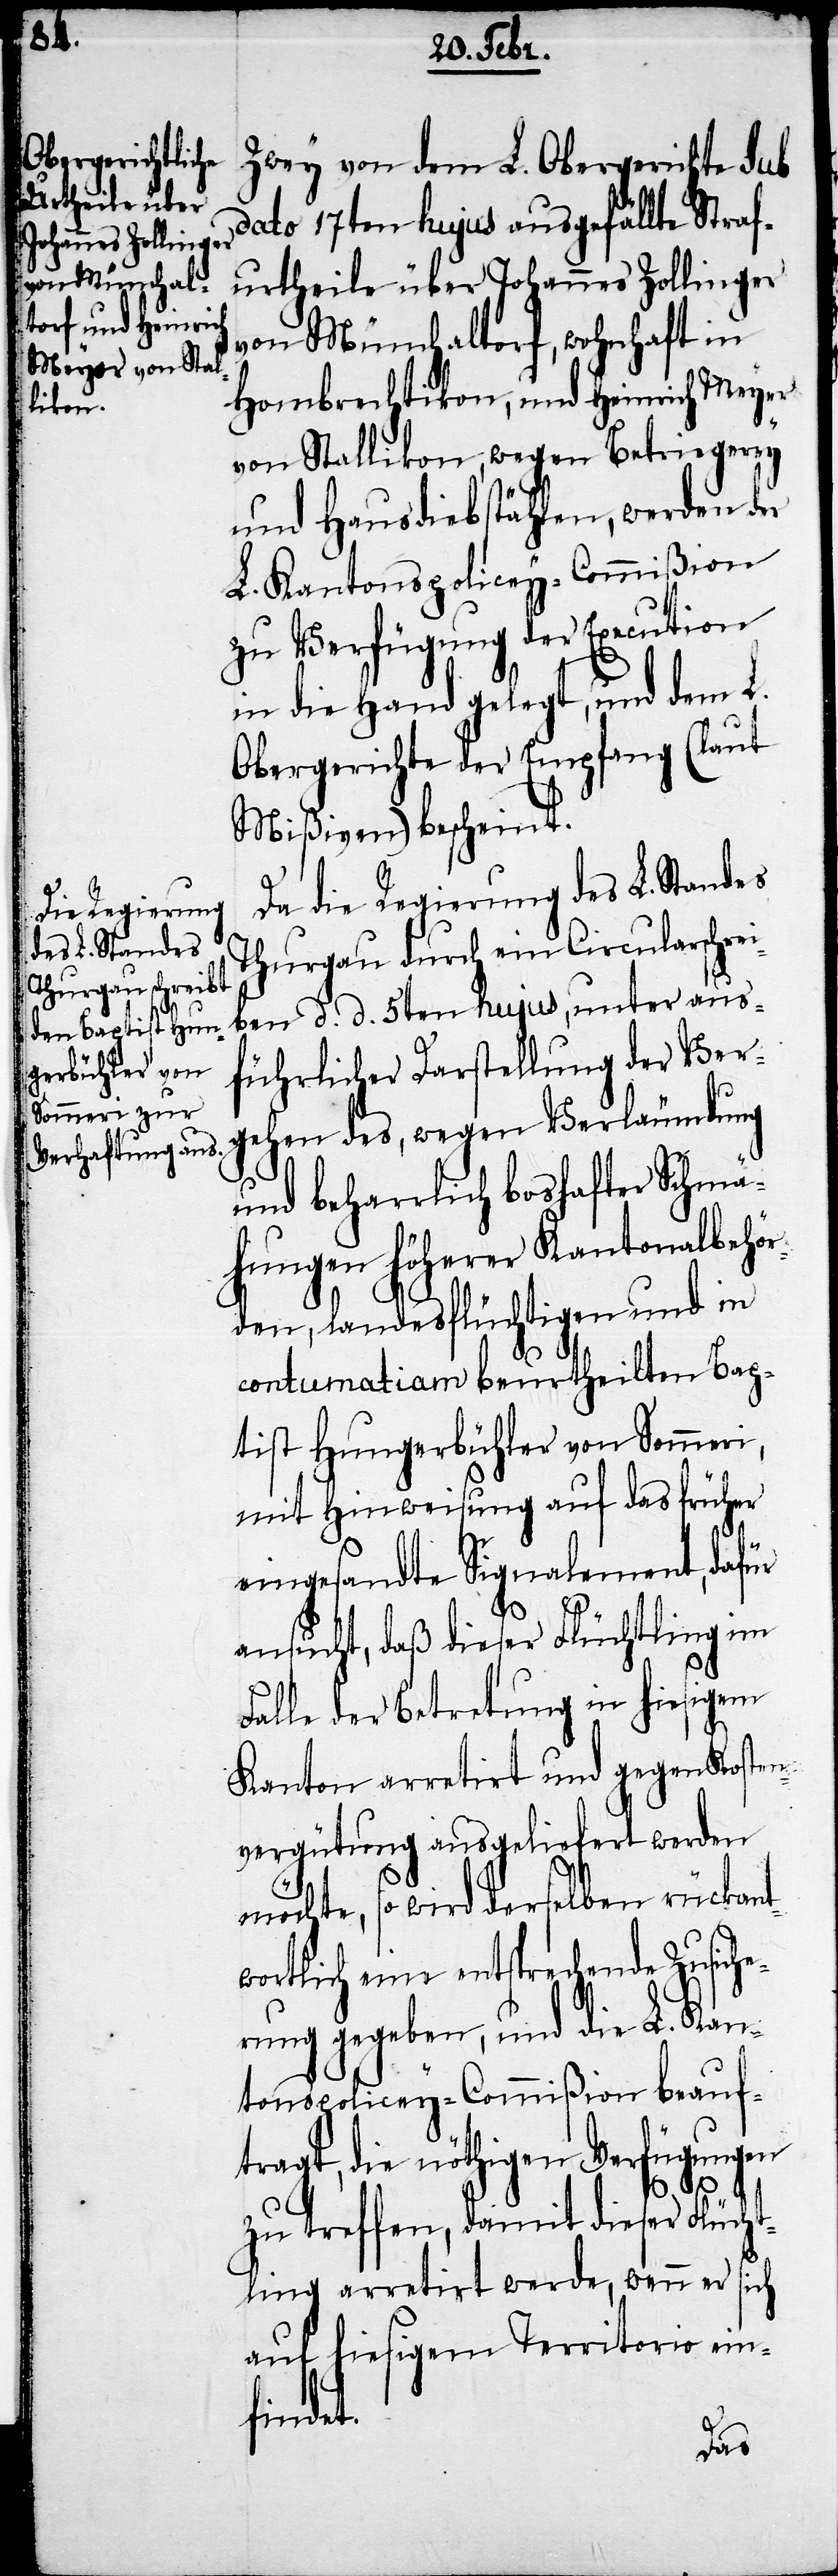
Zwey von dem L. Obergerichte sub
dato 17ten hujus ausgefällte Straf¬
urtheile über Johannes Zollinger
von Münchaltorf, wohnhaft in
Hombrechtikon, und Heinrich Meyer
von Stallikon, wegen Betriegerey
und Hausdiebstählen, werden der
L. Kantonspolicey-Commißion
zu Verfügung der Execution
in die Hand gelegt, und dem L.
Obergerichte der Empfang (laut
Mißiven) bescheint.
Da die Regierung des L. Standes
Thurgau durch ein Circularschrei¬
ben d. d. 5ten hujus, unter aus¬
führlicher Darstellung der Ver¬
gehen des, wegen Verläumdung
und beharrlich boshafter Schmä¬
hungen Höherer Kantonalbehö¬
rden, landesflüchtigen und in
contumatiam beurtheilten Bap¬
tist Hungerbühler von Sommeri,
mit Hinweisung auf das früher
eingesandte Signalement, dafür
ansucht, daß dieser Flüchtling im
Falle der Betretung in hiesigem
Kanton arretirt und gegen Kosten¬
vergütung ausgeliefert werden
möchte, so wird derselben rückant¬
wortlich eine entsprechende Zusiche¬
rung gegeben, und die L. Kan¬
tonspolicey-Commißion beauf¬
tragt, die nöthigen Verfügungen
zu treffen, damit dieser Flücht¬
ling arretirt werde, wenn er sich
auf hiesigem Territorio ein¬
findet.